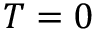
T = 0